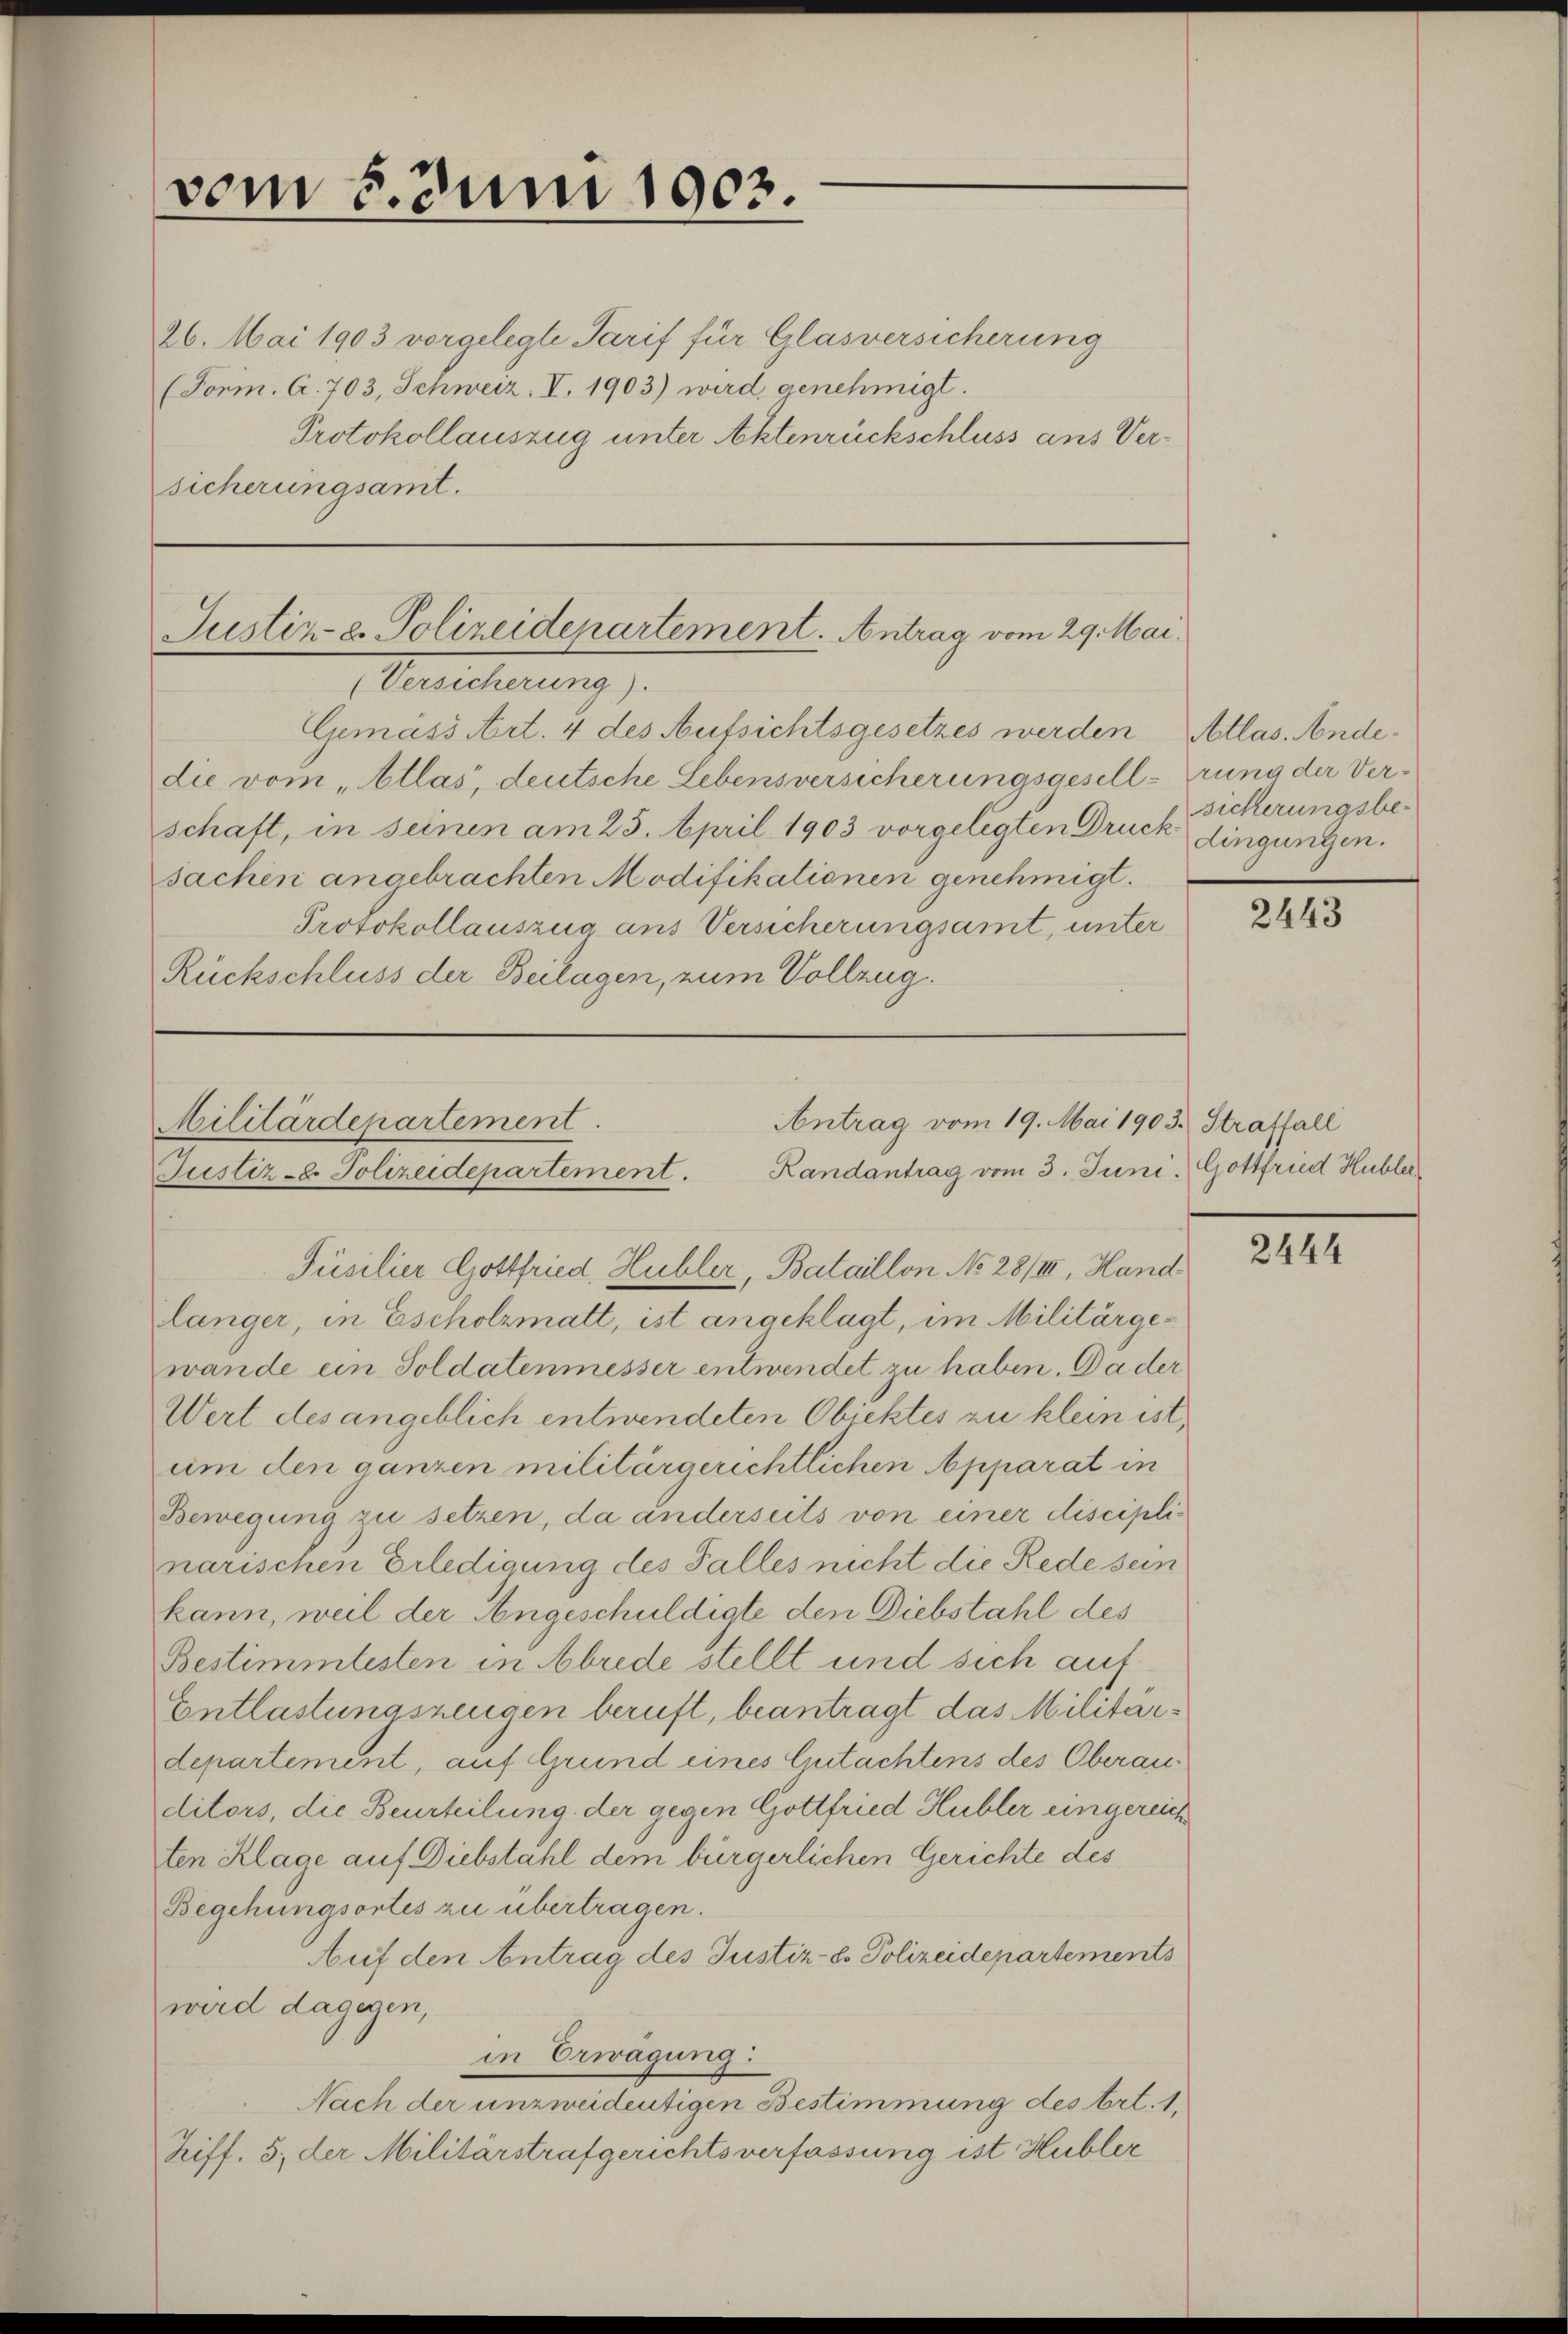
vom 8. Juni 1903.

26. Mai 1903 vorgelegte Tarif für Glasversicherung
(Form. A. 703, Schweiz, I. 1903) wird genehmigt.
Protokollauszug unter Aktenrückschluss aus Versicherungsamt.

Justiz- & Polizeidepartement. Antrag vom 29. Mai.
(Versicherung).

Gemäss Art. 4 des Aufsichtsgesetzes werden Atlas. Andedie vom „Atlas, deutsche Lebensversicherungsgesell-rung der Ver-
schaft, in seinen am 25. April 1903 vorgelegten Druck Sicherungsbesachen angebrachten Modifikationen genehmigt.
Protokollauszug aus Versicherungsamt, unter
Rückschluss der Beilagen, zum Vollzug.

Antrag vom 19. Mai 1903. Straffall
Militärdepartement.
Justiz - Polizeidepartement. Landantrag vom 3. Juni. Gottfried Hubler

dingungen.

Füsilier Gottfried. Hubler, Bataillon No 28/III, Hand
länger, in Escholzmatt, ist angeklagt, im Militärgewände ein Soldatenmesser entwendet zu haben. Da der
Wert des angeblich entwendeten Objektes zu klein ist,
um den ganzen militärgerichtlichen Apparat in
Bewegung zu setzen, da anderseits von einer disciplinarischen Erledigung des Falles nicht die Rede sein
kann, weil der Angeschuldigte den Diebstahl des
Bestimmtesten in Abrede stellt und sich auf
Entlastungszeugen beruft, beantragt das Militärdepartement, auf Grund eines Gutachtens des Oberauditors, die Beurteilung der gegen Gottfried Hubler eingereichten Klage auf Diebstahl dem bürgerlichen Gerichte des
Begehungsortes zu übertragen.
Auf den Antrag des Justiz-Es Polizeidepartements
wird dagegen,
in Erwägung:
Nach der unzweidentigen Bestimmung des Art. 1,
Ziff. 5, der Militärstrafgerichtsverfassung ist Hubler

2443

2444